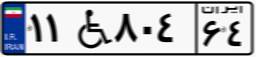
۱۱W۸۰۴۶۴